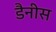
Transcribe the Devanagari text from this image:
डैनीस